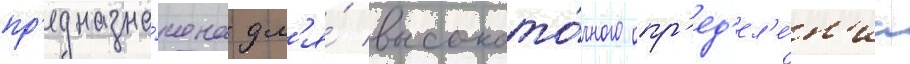
пр'едназна́чена дл'я́ высокото́чного опр'ед'ел'е́н'иа